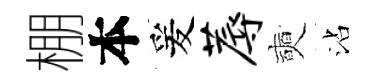
棚本爰蓐奭沾